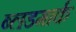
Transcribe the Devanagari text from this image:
ब्लडमार्क